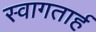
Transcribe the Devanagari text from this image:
स्‍वागतार्ह